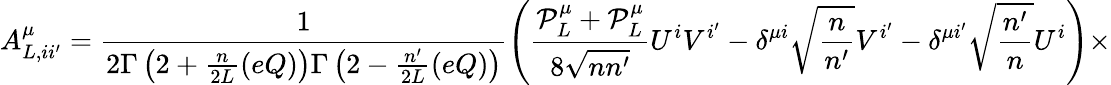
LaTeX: A_{L,ii^{\prime}}^{\mu}=\frac{1}{2\Gamma\left(2+\frac{n}{2L}(eQ)\right)\Gamma\left(2-\frac{n^{\prime}}{2L}(eQ)\right)}\left(\frac{{\cal P}_{L}^{\mu}+{\cal P}_{L}^{\mu}}{8\sqrt{nn^{\prime}}}U^{i}V^{i^{\prime}}-\delta^{\mu i}\sqrt{\frac{n}{n^{\prime}}}V^{i^{\prime}}-\delta^{\mu i^{\prime}}\sqrt{\frac{n^{\prime}}{n}}U^{i}\right)\times